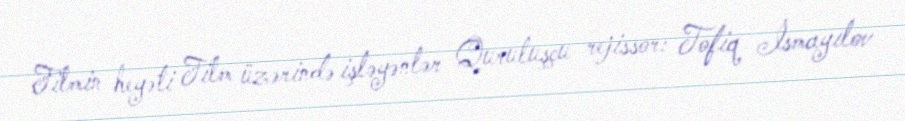
Filmin heyəti Film üzərində işləyənlər Quruluşçu rejissor: Tofiq İsmayılov